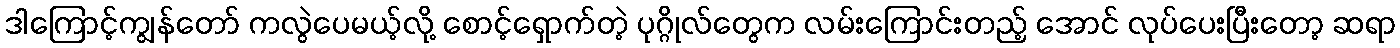
ဒါကြောင့်ကျွန်တော် ကလွဲပေမယ့်လို့ စောင့်ရှောက်တဲ့ ပုဂ္ဂိုလ်တွေက လမ်းကြောင်းတည့် အောင် လုပ်ပေးပြီးတော့ ဆရာ